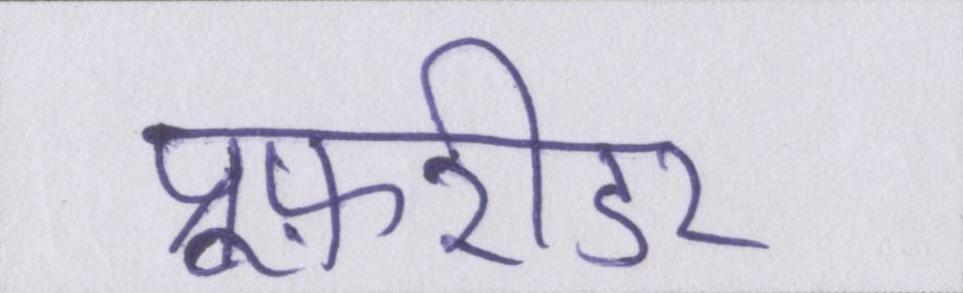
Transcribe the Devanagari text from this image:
प्रूफ़रीडर